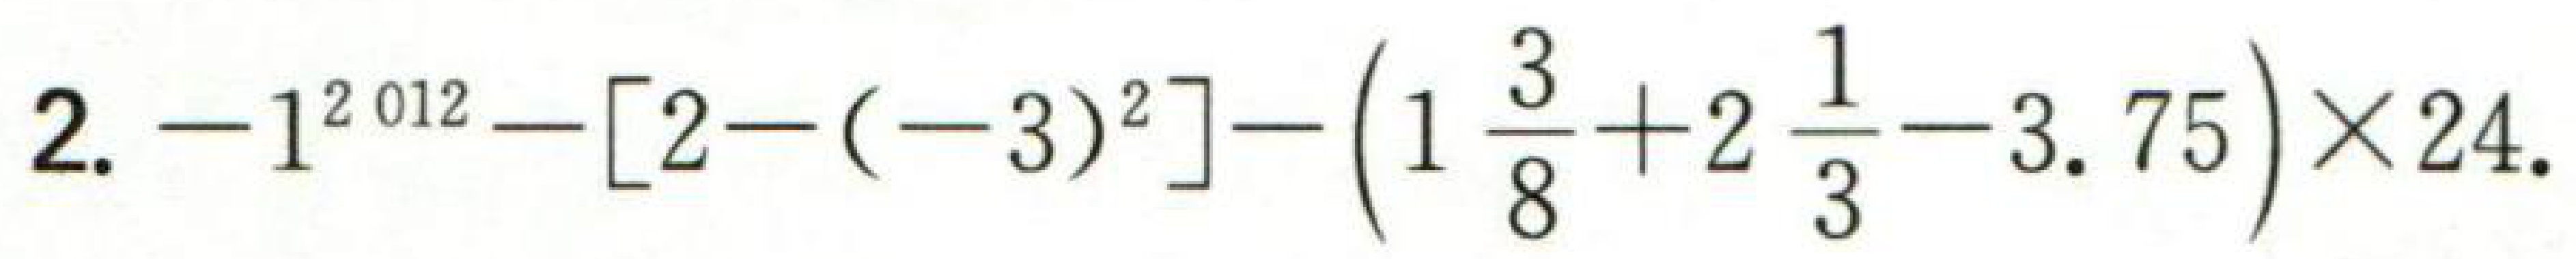
\(2. -1^{2012}-[2-(-3)^{2}]-\left(1\frac{3}{8}+2\frac{1}{3}-3.75\right)\times24.\)